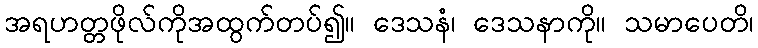
အရဟတ္တဖိုလ်ကိုအထွက်တပ်၍။ ဒေသနံ၊ ဒေသနာကို။ သမာပေတိ၊